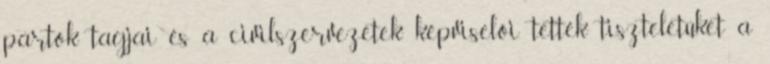
pártok tagjai és a civilszervezetek képviselői tették tiszteletüket a